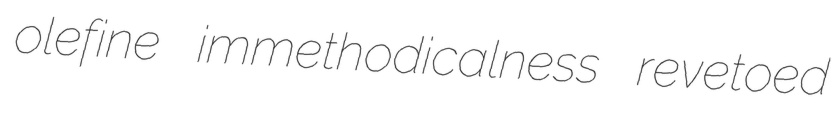
olefine immethodicalness revetoed